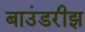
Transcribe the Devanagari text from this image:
बाउंडरीझ